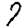
Digit: 7